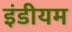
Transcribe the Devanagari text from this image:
इंडीयम